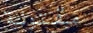
مقتولة